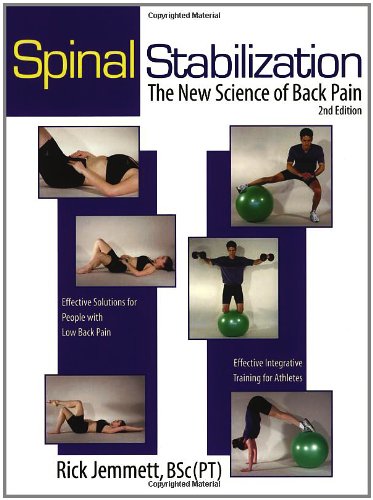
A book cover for Spinal Stabilization: The New Science of Back Pain, 2nd Edition (8596-2); Rick Jemmett; Health, Fitness & Dieting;